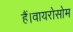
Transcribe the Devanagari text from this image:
हैं।वायरोसोम